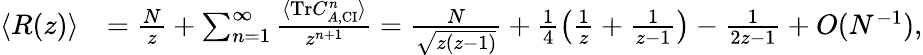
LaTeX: \begin{array}{rl}{\langle R(z)\rangle}&{=\frac{N}{z}+\sum_{n=1}^{\infty}\frac{\langle\mathrm{Tr}C_{A,\mathrm{CI}}^{n}\rangle}{z^{n+1}}=\frac{N}{\sqrt{z(z-1)}}+\frac{1}{4}\left(\frac{1}{z}+\frac{1}{z-1}\right)-\frac{1}{2z-1}+O(N^{-1}),}\end{array}